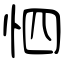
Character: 怬